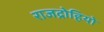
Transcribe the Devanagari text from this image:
राजद्रोहियो